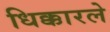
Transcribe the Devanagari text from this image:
धिक्कारले